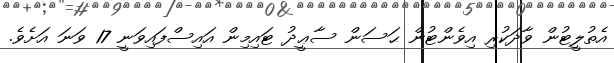
އެތުލީޓުން ވާދަކުރި އިވެންޓުން ޙަސަން ސާޢީދު ޓައިމިން އައިސްފައިވަނީ 17 ވަނަ އަށެވެ.